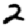
Digit: 2